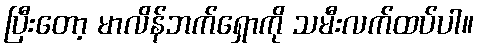
ပြီးတော့ မာလိန်ဘက်ရှောကို သမီးလက်ထပ်ပါ။